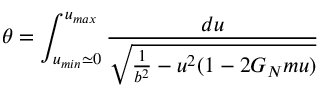
\theta = \int _ { u _ { m i n } \simeq 0 } ^ { u _ { m a x } } { \frac { d u } { \sqrt { { \frac { 1 } { b ^ { 2 } } } - u ^ { 2 } ( 1 - 2 G _ { N } m u ) } } }